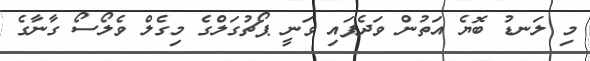
މި ލަނޑު ބޮޔެ އަތުން ވަދެފައި ވަނީ ޕޯޗުގަލްގެ މިގެލް ވެލޯސޯ ގާނާގެ